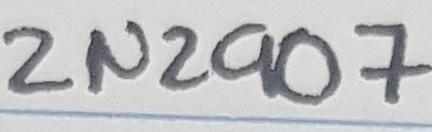
Text: 2N2907